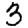
Digit: 3